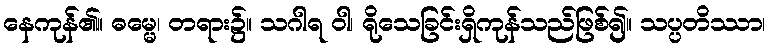
နေကုန်၏။ ဓမ္မေ၊ တရား၌။ သဂါရ ဝါ၊ ရိုသေခြင်းရှိကုန်သည်ဖြစ်၍။ သပ္ပတိဿာ၊